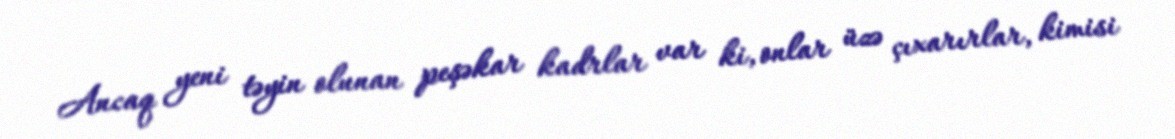
Ancaq yeni təyin olunan peşəkar kadrlar var ki, onlar üzə çıxarırlar, kimisi